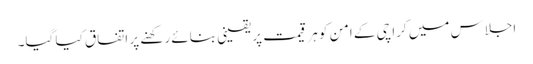
اجلاس میں کراچی کے امن کو ہر قیمت پر یقینی بنائے رکھنے پر اتفاق کیا گیا۔